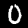
Digit: 0